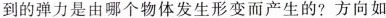
到的弹力是由哪个物体发生形变而产生的?方向如